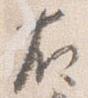
右